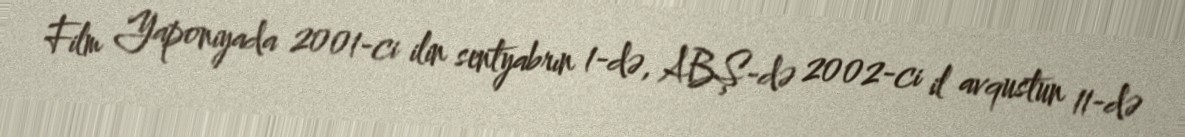
Film Yaponiyada 2001-ci ilin sentyabrın 1-də, ABŞ-də 2002-ci il avqustun 11-də